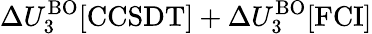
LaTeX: \Delta U_{3}^{\mathrm{BO}}[\mathrm{CCSDT}]+\Delta U_{3}^{\mathrm{BO}}[\mathrm{FCI}]